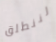
لننطلق